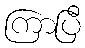
ကြာပြီ